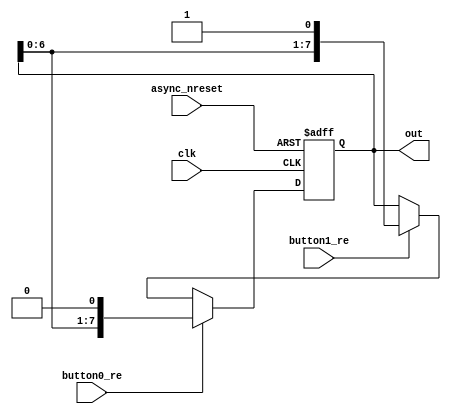
module led_shifter_1
	(
		input clk,
		input async_nreset,
		
		input button0_re,
		input button1_re,
		
		output [7:0] out
	);
	
	reg [7:0] number_reg, number_next;
	
	always @(*)
	begin
		number_next <= number_reg;
		
		if (button0_re)
			number_next <= {number_reg[6:0], 1'b0};
		else if (button1_re)
			number_next <= {number_reg[6:0], 1'b1};
	end
	
	always @(posedge clk, negedge async_nreset)
	begin
		if (async_nreset == 1'b0)
		begin
			number_reg <= 8'd0;
		end
		else
		begin
			number_reg <= number_next;
		end
	end
	
	assign out = number_reg;
	
endmodule